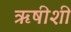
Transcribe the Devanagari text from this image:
ऋषीशी